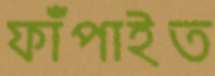
ফাঁপাইত